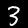
Digit: 3